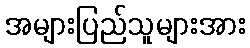
အများပြည်သူများအား